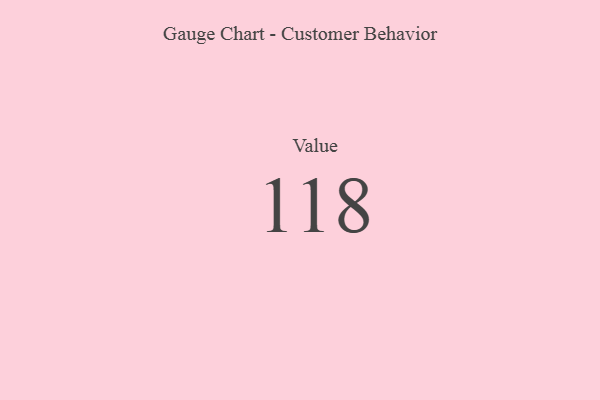
{"axis": {"x": "Metric", "y": "Value"}, "legend": [""], "data": [{"x": "Value", "y": 118, "type": ""}]}